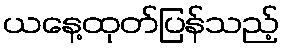
ယနေ့ထုတ်ပြန်သည့်